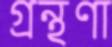
গ্রন্থণা